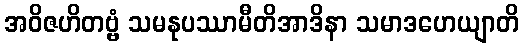
အဝိဇဟိတဗ္ဗံ သမနုပဿာမီတိအာဒိနာ သမာဒဟေယျာတိ